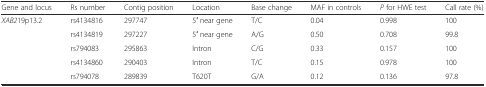
| Gene and locus | Rs number | Contig position | Location | Base change | MAF in controls | P for HWE test | Call rate (%) |
 | --- | --- | --- | --- | --- | --- | --- | --- |
 | XAB219p13.2 | rs4134816 | 297747 | 5′ near gene | T/C | 0.04 | 0.998 | 100 |
 |  | rs4134819 | 297227 | 5′ near gene | A/G | 0.50 | 0.708 | 99.8 |
 |  | rs794083 | 295863 | Intron | C/G | 0.33 | 0.157 | 100 |
 |  | rs4134860 | 290403 | Intron | T/C | 0.15 | 0.978 | 100 |
 |  | rs794078 | 289839 | T620T | G/A | 0.12 | 0.136 | 97.8 |